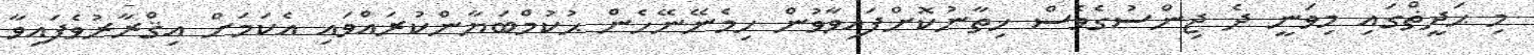
މި ޙަދީޡްގައި މިވަނީ ދެ ޖިންސުގެވެސް ޚިތާނުކޮށްފައިވާވުން ހިމެނޭނޭހެން ޙުކުމްބަޔާންކުރައްވައި އެކަމަށް އިޤްރާރުވެފައިވާ